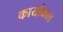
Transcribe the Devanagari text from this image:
कार्याकाल